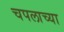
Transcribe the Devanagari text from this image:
चपलाच्या